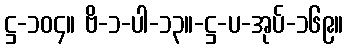
ဋ္ဌ-၁၀၄။ ဗိ-၁-ပါ-၁၃။-ဋ္ဌ-ပ-အုပ်-၁၆၉။